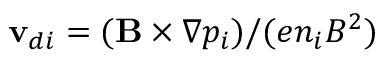
\mathbf { v } _ { d i } = ( \mathbf { B } \times \nabla p _ { i } ) / ( e n _ { i } B ^ { 2 } )